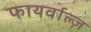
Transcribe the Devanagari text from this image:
फायर्वाल्ज़